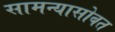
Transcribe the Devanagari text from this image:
सामन्यासोबत